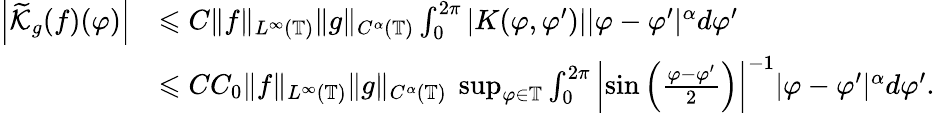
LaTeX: \begin{array}{rl}{\left|\widetilde{\mathcal{K}}_{g}(f)(\varphi)\right|}&{\leqslant C\| f\| _{L^{\infty}(\mathbb{T})}\| g\| _{C^{\alpha}(\mathbb{T})}\int_{0}^{2\pi}|K(\varphi,\varphi^{\prime})||\varphi-\varphi^{\prime}|^{\alpha}d\varphi^{\prime}}\\ &{\leqslant CC_{0}\| f\| _{L^{\infty}(\mathbb{T})}\| g\| _{C^{\alpha}(\mathbb{T})}\ \operatorname*{sup}_{\varphi\in\mathbb{T}}\int_{0}^{2\pi}\left|\sin\left(\frac{\varphi-\varphi^{\prime}}{2}\right)\right|^{-1}|\varphi-\varphi^{\prime}|^{\alpha}d\varphi^{\prime}.}\end{array}